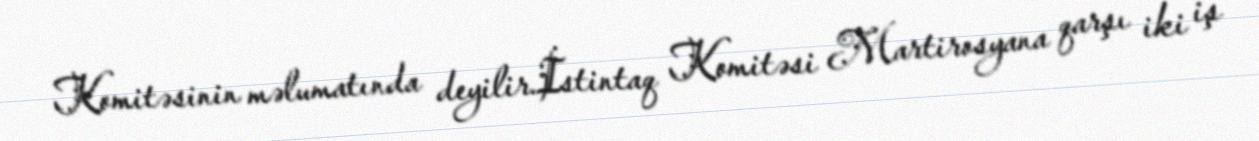
Komitəsinin məlumatında deyilir.İstintaq Komitəsi Martirosyana qarşı iki iş